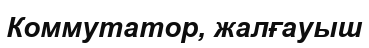
Коммутатор, жалғауыш